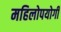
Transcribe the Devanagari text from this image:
महिलोपयोगी